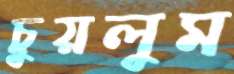
চুয়লুম